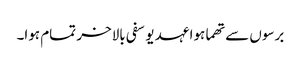
برسوں سے تھما ہوا عہد یوسفی بالاخر تمام ہوا۔